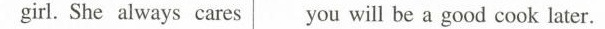
girl. She always cares you will be a good cook later.